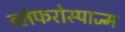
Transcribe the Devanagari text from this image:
ब्लेफरोस्पाज्म